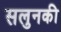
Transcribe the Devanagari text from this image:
सलुनकी